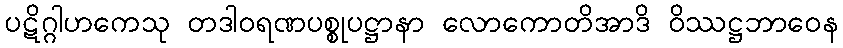
ပဋိဂ္ဂါဟကေသု တဒါဝရဏပစ္စုပဋ္ဌာနာ လောကောတိအာဒိ ဝိဿဋ္ဌဘာဝေန